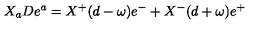
X _ { a } D e ^ { a } = X ^ { + } ( d - \omega ) e ^ { - } + X ^ { - } ( d + \omega ) e ^ { + }